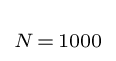
\scriptstyle N\,=\,1000